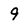
Character: 9